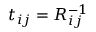
t _ { i j } = R _ { i j } ^ { - 1 }